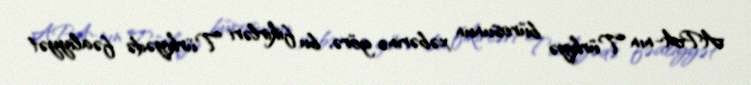
APA-nın Türkiyə bürosunun xəbərinə görə, bu fikirləri Türkiyədə fəaliyyət